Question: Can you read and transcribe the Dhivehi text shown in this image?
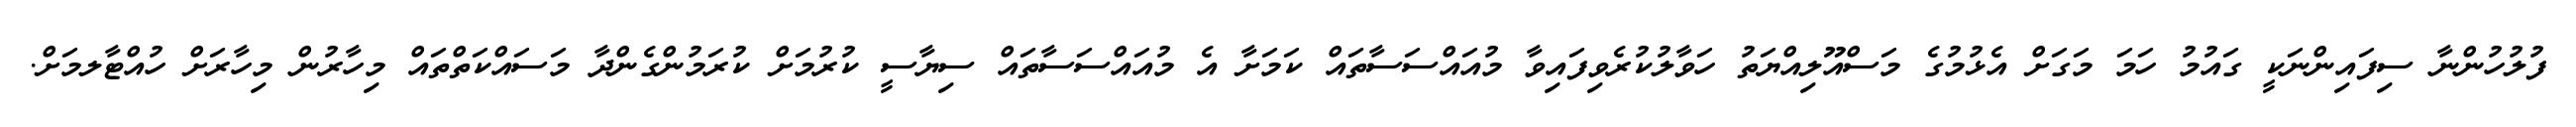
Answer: ފުލުހުންނާ ސިފައިންނަކީ ގައުމު ހަމަ މަގަށް އެޅުމުގެ މަސްއޫލިއްޔަތު ހަވާލުކުރެވިފައިވާ މުއައްސަސާތައް ކަމަށާ އެ މުއައްސަސާތައް ސިޔާސީ ކުރުމަށް ކުރަމުންގެންދާ މަސައްކަތްތައް މިހާރުން މިހާރަށް ހުއްޓާލމަށް.